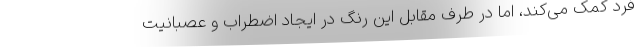
فرد کمک می‌کند، اما در طرف مقابل این رنگ در ایجاد اضطراب و عصبانیت